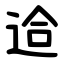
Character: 䢔